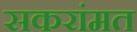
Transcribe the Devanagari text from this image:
सकरांमत